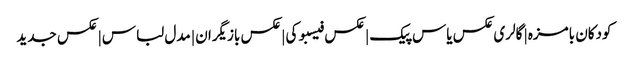
کودکان بامزه | گالری عکس یاس پیک | عکس فیسبوکی | عکس بازیگران | مدل لباس | عکس جدید